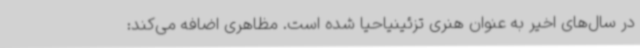
در سال‌های اخیر به عنوان هنری تزئینیاحیا شده است. مظاهری اضافه می‌کند: